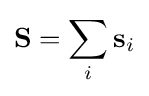
\mathbf {S} =\sum _{i}\mathbf {s} _{i}